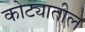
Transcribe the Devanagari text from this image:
कोट्यातील